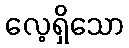
လေ့ရှိသော